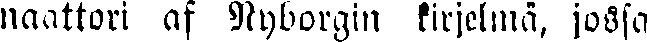
naattori af Nyborgin kirjelmä, jossa